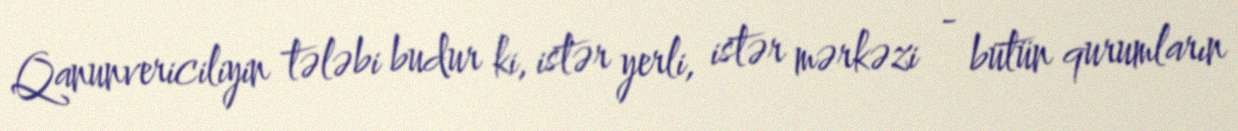
Qanunvericiliyin tələbi budur ki, istər yerli, istər mərkəzi - bütün qurumların